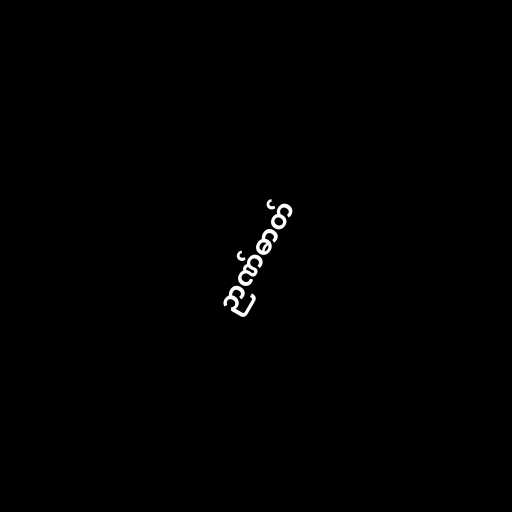
ဉာဏ်ဓာတ်